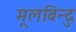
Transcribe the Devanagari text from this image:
मूलबिन्दु